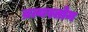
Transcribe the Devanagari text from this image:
व्रत्यस्तोम